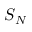
S _ { N }